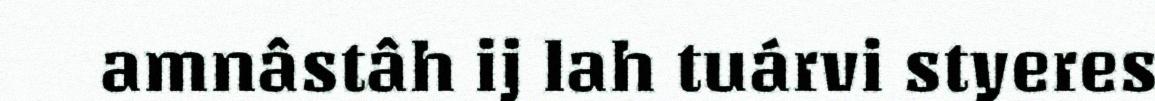
amnâstâh ij lah tuárvi styeres